Calcutta medical institutions reports 1892-1900
Year: 1892
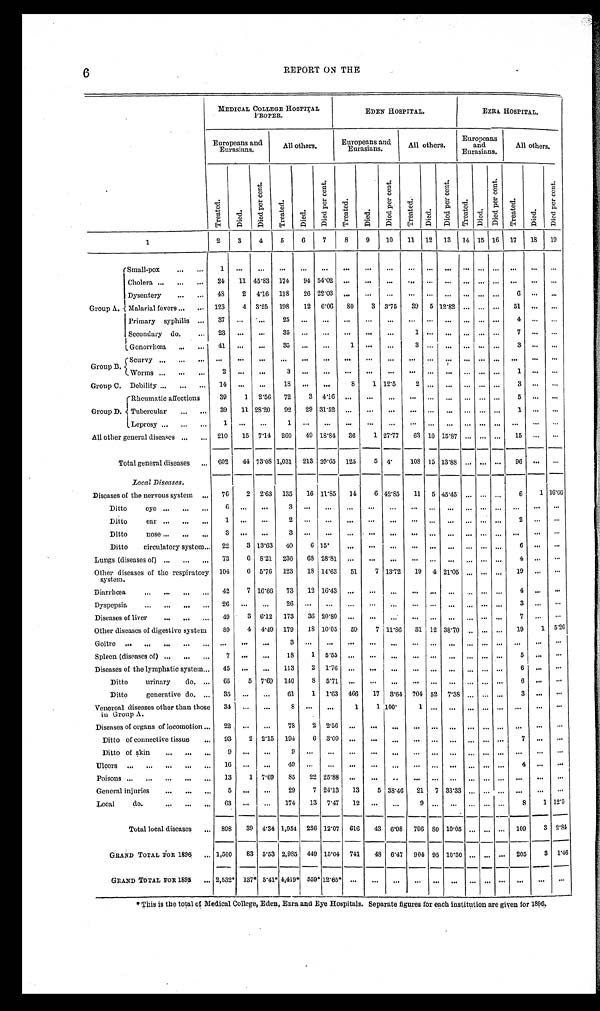
6
REPORT ON THE
MEDICAL COLLEGE HOSPITAL
P R O P E R .
EDEN HOSPITAL.
E Z R A H O S P I T A L .
Europeans and
Eurasians.
All others.
Europeans and
Eurasians.
All others.
Europeans
and
Eurasians.
All others.
T r e a t e d .
D i e d .
D i e d p e r c e n t .
T r e a t e d
D i e d .
D i e d p e r c e n t .
T r e a t e d .
D i e d .
D i e d p e r c e n t .
T r e a t e d .
D i e d .
D i e d p e r c e n t .
T r e a t e d .
D i e d .
D i e d p e r c e n t .
T r e a t e d .
D i e d .
D i e d p e r c e n t .
1
2
3 4
5
6
7 8
9
1 0
11
1 2
13 1 4 15 16 17
1 8 19
Group A.
S m a l l - p o x . . .
1
. . .
. . . . . .
. . .
. . .
. . .
. . .
. . .
. . . . . .
. . . . . . . . . . . .
. . . . . .
. . .
Cholera . . . 24 11 45.83 174 94 54.02
. . .
. . .
. . .
. . .
. . .
. . . . . .
. . . . . . . . .
. . .
. . .
Dysentery . . . 43
2 4.16 118 26 22.03
. . .
. . .
. . .
. . .
. . .
. . . . . .
. . . . . . 6 . . .
. . .
Malarial fevers . . . 123
4 3.25 198 12 6.06 80
3 3.75 39 5 12.82 . . .
. . . . . .
5 1 . . .
. . .
Primary syphilis
. . .
3 7
. . . . . .
2 5
. . .
. . .
. . .
. . .
. . .
. . . . . .
. . . . . . . . . . . .
4
. . . . . .
Secondary do. . . .
23
. . . . . .
3 5
. . .
. . .
. . .
. . .
. . .
1 . . .
. . . . . . . . . . . .
7
. . . . . .
G o n o r r h œ a . . .
41
. . . . . .
35
. . . . . . 1
. . .
. . .
3 . . .
. . .
. . . . . . . . .
3
. . . . . .
Group B.
scurvy . . .
. . .
. . . . . .
. . . . . .. . . . . .
. . .
. . .
. . . . . .
. . .
. . . . . . . . .
. . .
. . . . . .
Worms . . .
2
. . . . . .
3 . . .. . . . . .
. . .
. . .
. . . . . .
. . .
. . . . . . . . .
1
. . . . . .
Group C. Debility . . . 14
. . .
. . .
18
. . . . . .
8
1 12.5
2 . . .
. . .
. . . . . . . . .
3
. . . . . .
Group D.
Rheumatic affections
. . .
39
1 2.56 72
3 4.16
. . .
. . .
. . .
. . .
. . . . . .
. . . . . . . . . 5
. . . . . .
Tubercular . . .
39 11 28.20 92 29 31.52 . . .
. . .
. . .
. . . . . .
. . .
. . . . . . . . . 1 . . .
. . .
Leprosy . . .
1 . . . . . .
1 . . .. . . . . .
. . .
. . .
. . . . . .
. . .
. . . . . . . . .
. . . . . .
. . .
All other general diseases . . . 210 15 7.14 260 49 18.84 36
1 27.77 63 10 15.87
. . . . . . . . . 15 . . .
. . .
Total general diseases . . . 602 44 73.08 1,031 213 20.65 125
5 4 .
108 15 13.88 . . . . . . . . . 96 . . .
. . .
Local Diseases.
Diseases of the nervous system . . . 76
2 2.63 135 16 11.85 14
6 42.85 11 5 45.45 . . . . . . . . . 6
1 16.66
D i t t o e y e . . .
6
. . .
. . .
3
. . .
. . .
. . .
. . . . . .
. . .
. . .
. . .
. . . . . . . . . . . .
. . .
. . .
D i t t o e a r . . .
1
. . .
. . .
2
. . .
. . .
. . .
. . .
. . .
. . . . . . . . . . . . . . . . . . 2
. . . . . .
Ditto nose . . .
3
. . . . . .
3
. . .
. . .
. . .
. . .
. . .
. . . . . . . . . . . . . . . . . . . . .
. . . . . .
Ditto circulatory system . . . 22
3 13.63 40
6 15.
. . .
. . . . . .
. . .
. . .
. . .
. . . . . . . . .
6
. . . . . .
Lungs (diseases of) . . . 73
6 8.21 236 68 28.81
. . .
. . . . . .
. . .
. . .
. . .
. . . . . . . . .
4
. . . . . .
Other diseases of the respiratory
system.
104
6 5.76 123 18 14.63 51
7 13.72 19 4 21.05 . . . . . . . . . 19
. . . . . .
D i a r r h œ a . . .
42
7 16.66 73 12 16.43
. . .
. . . . . .
. . .
. . .
. . .
. . . . . . . . . 4
. . . . . .
Dyspepsia . . . 26
. . . . . .
26
. . . . . .
. . .
. . . . . .
. . .
. . .
. . .
. . . . . . . . .
3
. . .
. . .
Diseases of liver . . . 49
3 6.12 173 36 20.80
. . .
. . .
. . .
. . .
. . . . . .
. . . . . . . . . 7
. . .
. . .
Other diseases of digestive system
89
4 4.49 179
1 8 10.05 59
7 11.86 31 12 38.70 . . . . . . . . . 19
1 5.26
Goitre . . . . . .
. . .
. . .
3
. . .
. . .
. . . . . . . . .
. . . . . .
. . . . . . . . . . . .
. . .
. . .
. . .
Spleen (diseases of) . . . 7
. . .
. . . 18
1 5.55
. . .
. . .
. . .
. . .
. . . . . .
. . . . . . . . .
5
. . .
. . .
Diseases of the lymphatic system . . . 45
. . .
. . . 113
2 1.76
. . .
. . .
. . .
. . .
. . . . . .
. . . . . . . . .
6
. . .
. . .
Ditto urinary do. . . . 65
5 7.69 140
8 5.71
. . .
. . .
. . .
. . .
. . . . . .
. . . . . . . . .
6
. . .
. . .
Ditto generative do. . . . 35
. . . . . . 61
1 1.63 466 17 3.64 704 52 7.38 . . . . . . . . .
3
. . .
. . .
Venereal diseases other than those
in Group A.
34
. . . . . .
8
. . . . . .
1
1 100.
1
. . .
. . . . . . . . . . . .
. . .
. . .
. . .
Diseases of organs of locomotion . . . 22
. . . . . .
7 8
2
2 . 5 6
. . .
. . . . . .
. . . . . .
. . .
. . . . . . . . .
. . .
. . .
. . .
Ditto of connective tissue . . . 93
2 2.15 194
6 3.09
. . .
. . .
. . .
. . .
. . . . . .
. . . . . . . . .
7
. . .
. . .
Ditto of skin . . . 9
. . . . . .
9
. . .
. . .
. . .
. . . . . . . . . . . .
. . .
. . . . . . . . .
. . .
. . .
. . .
Ulcers . . .
1 6
. . . . . .
4 9
. . .
. . .
. . .
. . . . . . . . . . . .
. . .
. . . . . . . . . 4 . . .
. . .
Poisons . . . 13
1 7.69 85 22 25.88
. . .
. . .
. . .
. . .
. . . . . . . . . . . . . . .
. . . . . .
. . .
General injuries . . .
5
. . . . . .
29
7 24.13 13
5 38.46 21 7 33.33
. . . . . . . . .
. . . . . .
. . .
Local do. . . . 63
. . . . . . 174 13 7.47 12
. . .
. . . 9
. . .
. . .
. . . . . . . . . 8
1 12.5
Total local diseases . . .
898 39 4.34 1,954 236 12.07 616 43 6.98 796
8 0 10.05 . . . . . . . . . 109
3 2.84
GRAND TOTAL FOR 1896 . . . 1,500 83 5.53 2,985 449 15.04 741 48 6.47 904 95 10.50 . . . . . . . . . 205
3 1.46
GRAND TOTAL FOR 1895 . . . 2,532* 137* 5.41* 4,419* 559* 12.65*
. . .
. . .
. . .
. . .
. . . . . .
. . . . . . . . .
. . .
. . .
. . .
* This is the total of Medical College, Eden, Ezra and Eye Hospitals. Separate figures for each institution are given for 1896.